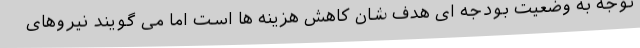
توجه به وضعیت بودجه ای هدف شان کاهش هزینه ها است اما می گویند نیروهای